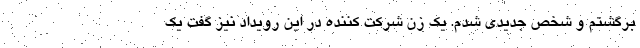
برگشتم و شخص جدیدی شدم. یک زن شرکت کننده در این رویداد نیز گفت یک